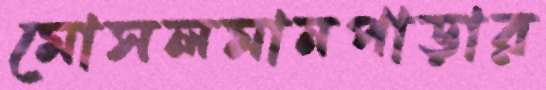
মোসলমানপাড়ার